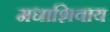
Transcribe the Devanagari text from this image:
मधाशिवाय